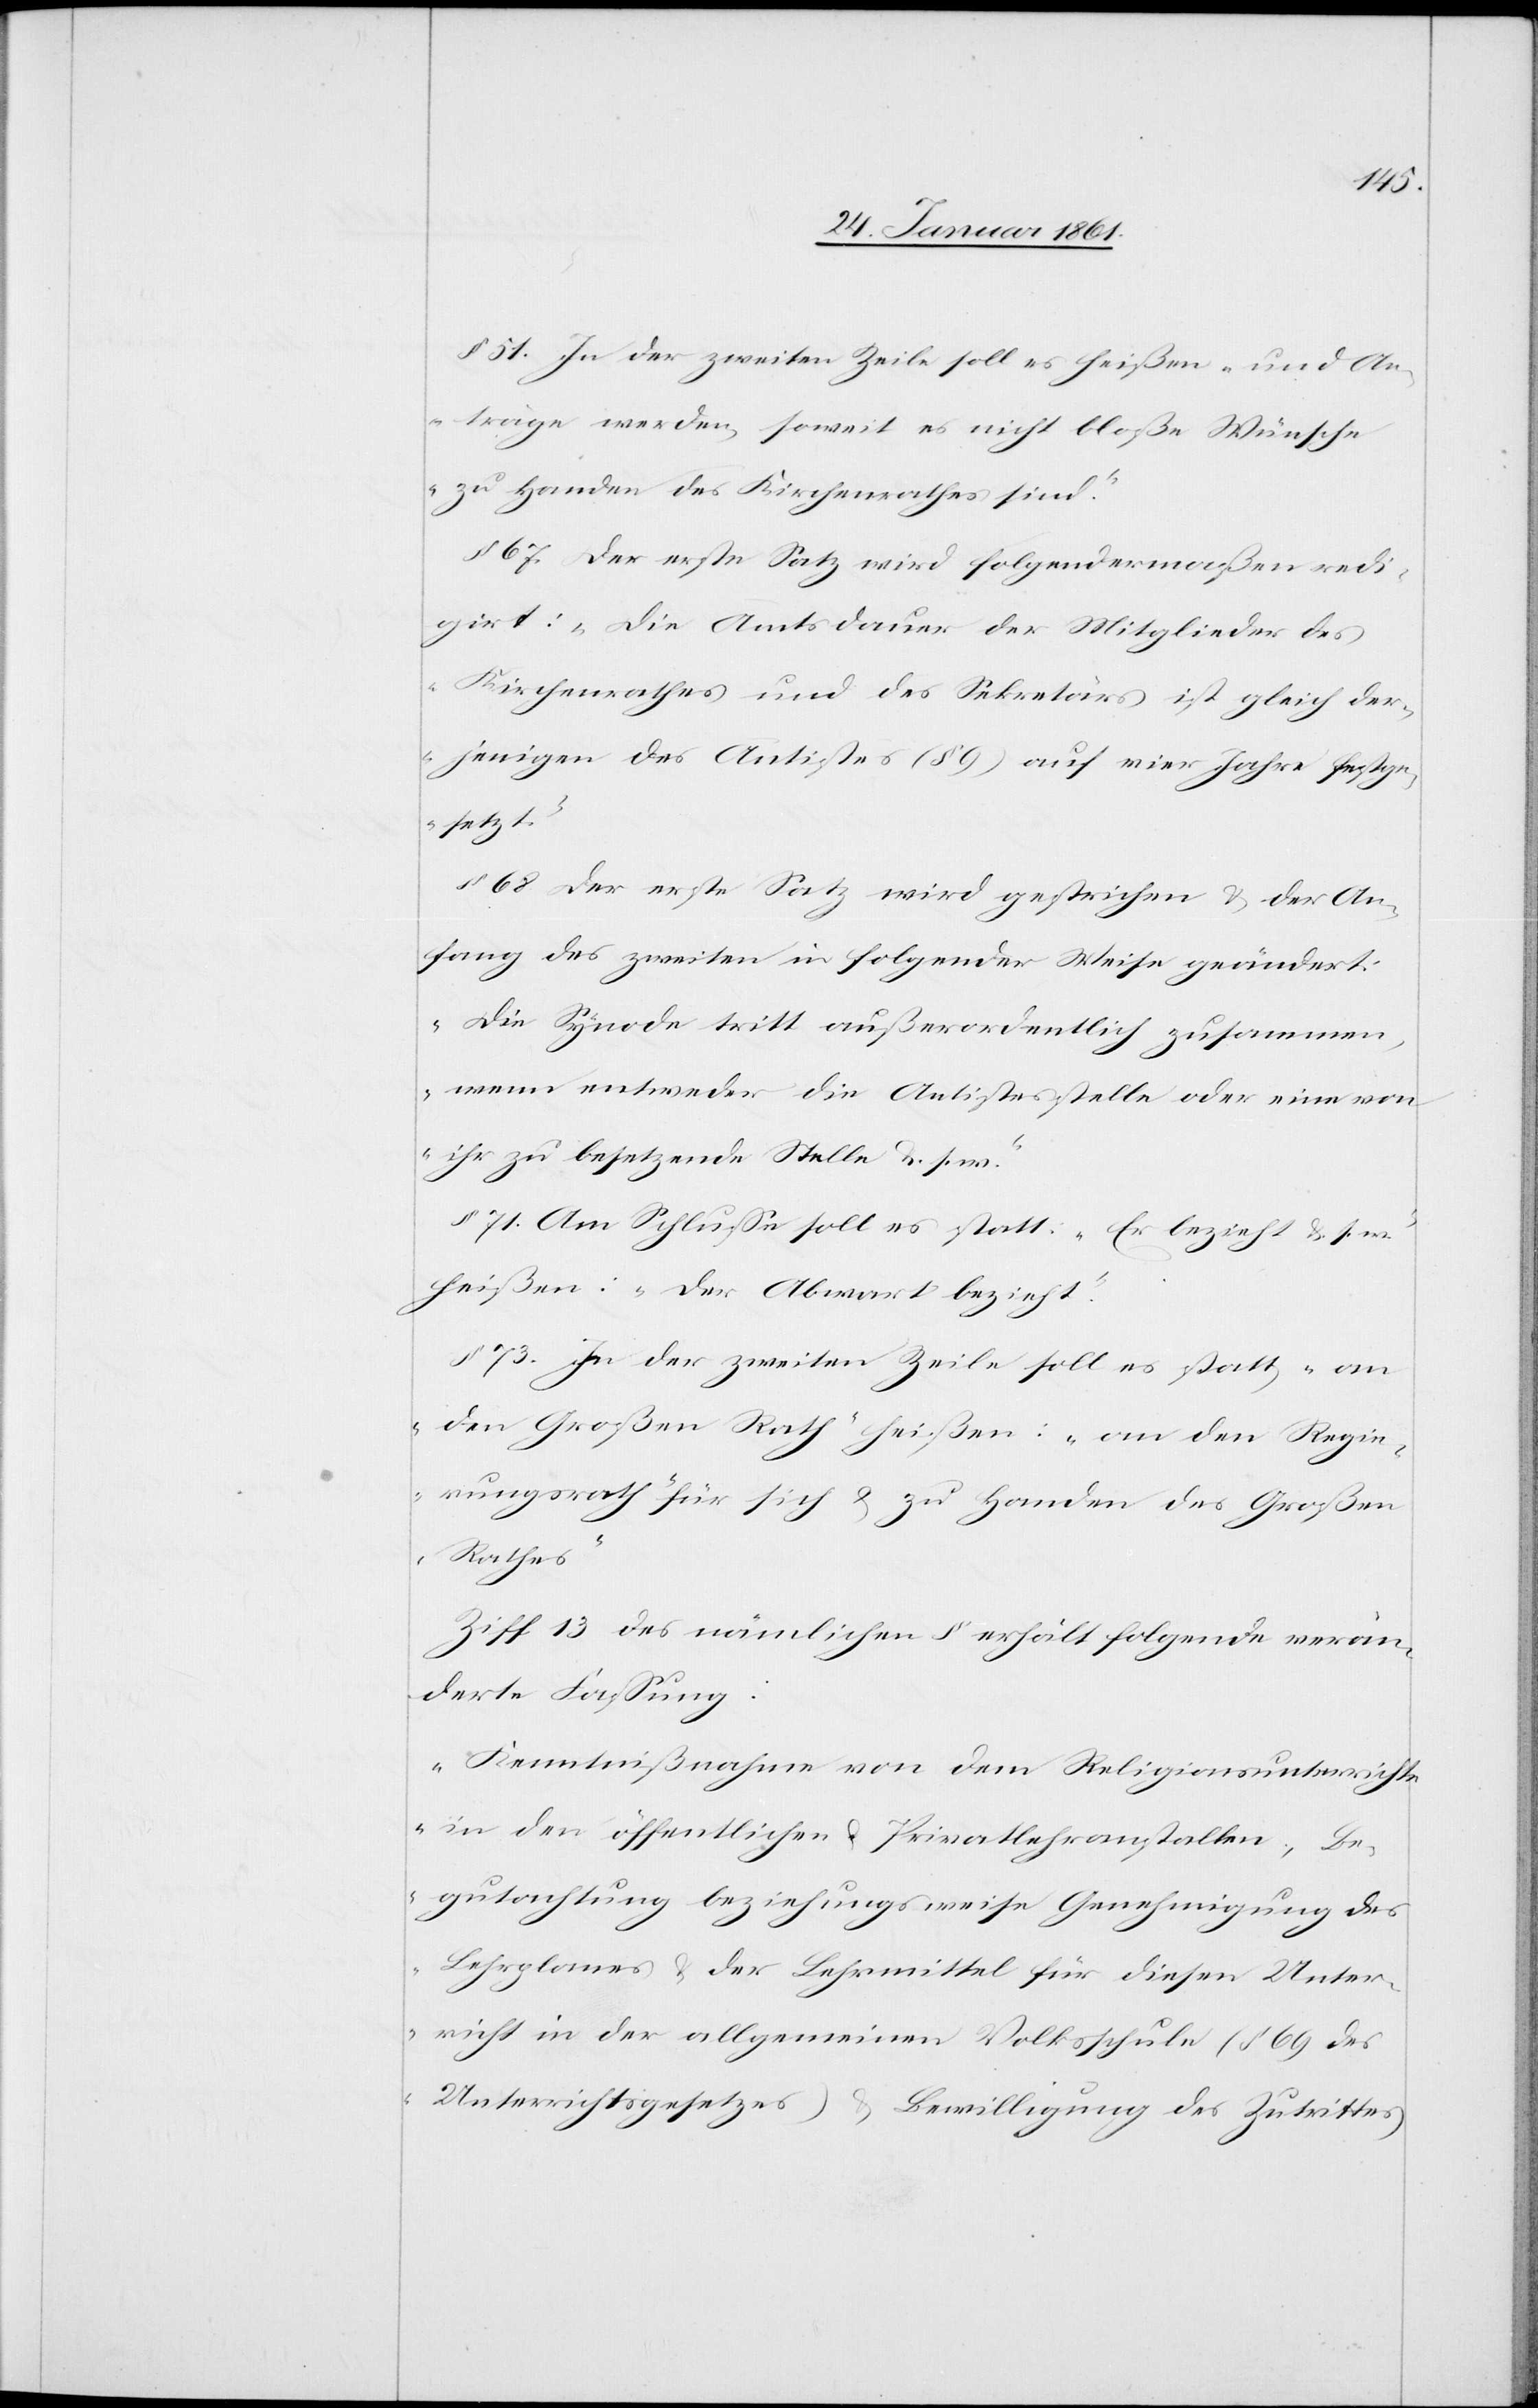
§. 51. In der zweiten Zeile soll es heißen „und An¬
träge werden, soweit es nicht bloße Wünsche
zu Handen des Kirchenrathes sind.“
§. 67. Der erste Satz wird folgendermaßen redi¬
girt: „Die Amtsdauer der Mitglieder des
Kirchenrathes und des Sekretärs ist gleich der¬
jenigen des Antistes (§. 9) auf vier Jahre festge¬
setzt.“
§. 68. Der erste Satz wird gestrichen u. der An¬
fang des zweiten in folgender Weise geändert:
„Die Synode tritt außerordentlich zusammen,
wenn entweder die Antistesstelle oder eine von
ihr zu besetzende Stelle u. s. w.“
§. 71. Am Schlusse soll es statt „Er bezieht u. s.
heißen: „Der Abwart bezieht“.
§. 73 In der zweiten Zeile soll es statt „an
den Großen Rath“ heißen: „an den Regie¬
rungsrath für sich u. zu Handen des Großen
Rathes“
Ziff 13 des nämlichen § erhält folgende verän¬
derte Fassung:
„Kenntnißnahme von dem Religionsunterrichte
in den öffentlichen u. Privatlehranstalten, Be¬
gutachtung beziehungsweise Genehmigung des
Lehrplanes u. der Lehrmittel für diesen Unter¬
richt in der allgemeinen Volksschule (§. 69 des
Unterrichtsgesetzes) u. Bewilligung des Zutrittes